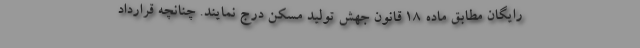
رایگان مطابق ماده ۱۸ قانون جهش تولید مسکن درج نمایند. چنانچه قرارداد